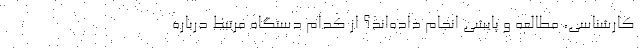
کارشناسی، مطالعه و پایشی انجام داده‌اند؟ از کدام دستگاه مرتبط درباره